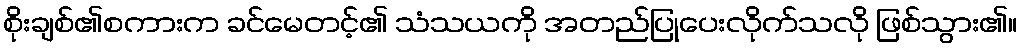
စိုးချစ်၏စကားက ခင်မေတင့်၏ သံသယကို အတည်ပြုပေးလိုက်သလို ဖြစ်သွား၏။